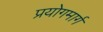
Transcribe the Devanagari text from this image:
प्रयोगमार्ग